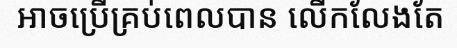
អាចប្រើគ្រប់ពេលបាន លើកលែងតែ